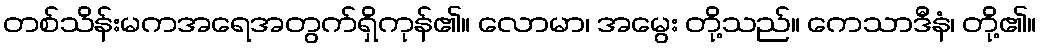
တစ်သိန်းမကအရေအတွက်ရှိကုန်၏။ လောမာ၊ အမွေး တို့သည်။ ကေသာဒီနံ၊ တို့၏။